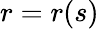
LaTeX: r=r(s)